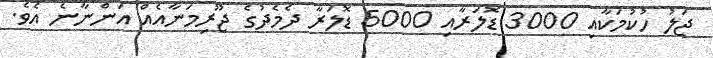
ޖަލު ހުކުމަކާއި 3000 ޑޮލަރާއި 5000 ޑޮލަރާ ދެމެދުގެ ޖޫރިމަނާއެއް އަންނާނެ އެވެ.